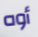
أوه